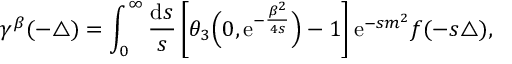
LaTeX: \gamma ^ { \beta } ( { - \triangle } ) = \int _ { 0 } ^ { \infty } { \frac { { \mathrm { d } } s } { s } } \left[ \theta _ { 3 } \Big ( 0 , { \mathrm { e } } ^ { - \frac { \beta ^ { 2 } } { 4 s } } \Big ) - 1 \right] { \mathrm e } ^ { - s m ^ { 2 } } f ( - s \triangle ) ,